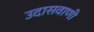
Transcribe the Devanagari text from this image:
उदासवाणी